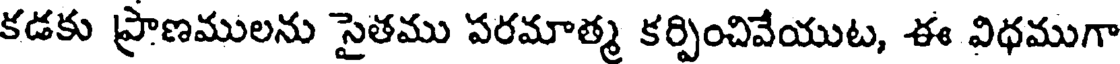
కడకు ప్రాణములను సైతము పరమాత్మ కర్పించివేయుట, ఈ విధముగా